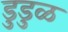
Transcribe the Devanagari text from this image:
डुडुळ